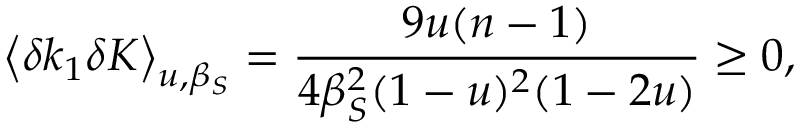
\big < \delta k _ { 1 } \delta K \big > _ { u , \beta _ { S } } = \frac { 9 u ( n - 1 ) } { 4 \beta _ { S } ^ { 2 } ( 1 - u ) ^ { 2 } ( 1 - 2 u ) } \geq 0 ,